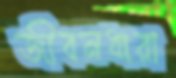
জীবনধারা